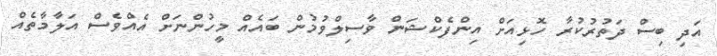
އަދި ބިސް ދަތުރުކުރާ ހޮޅިއަށް އިންފެކްޝަން ވާސިލްވުމުން ބައެއް މީހުންނަށް އެއްވެސް އަލާމާތެއް